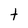
Character: t